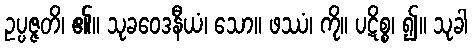
ဥပ္ပဇ္ဇတိ၊ ၏။ သုခဝေဒနီယံ၊ သော။ ဖဿံ၊ ကို။ ပဋိစ္စ၊ ၍။ သုခါ